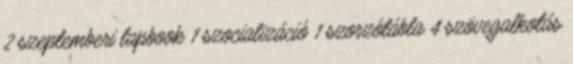
2 szeptemberi lapbook 1 szocializáció 1 szorzótábla 4 szövegalkotás